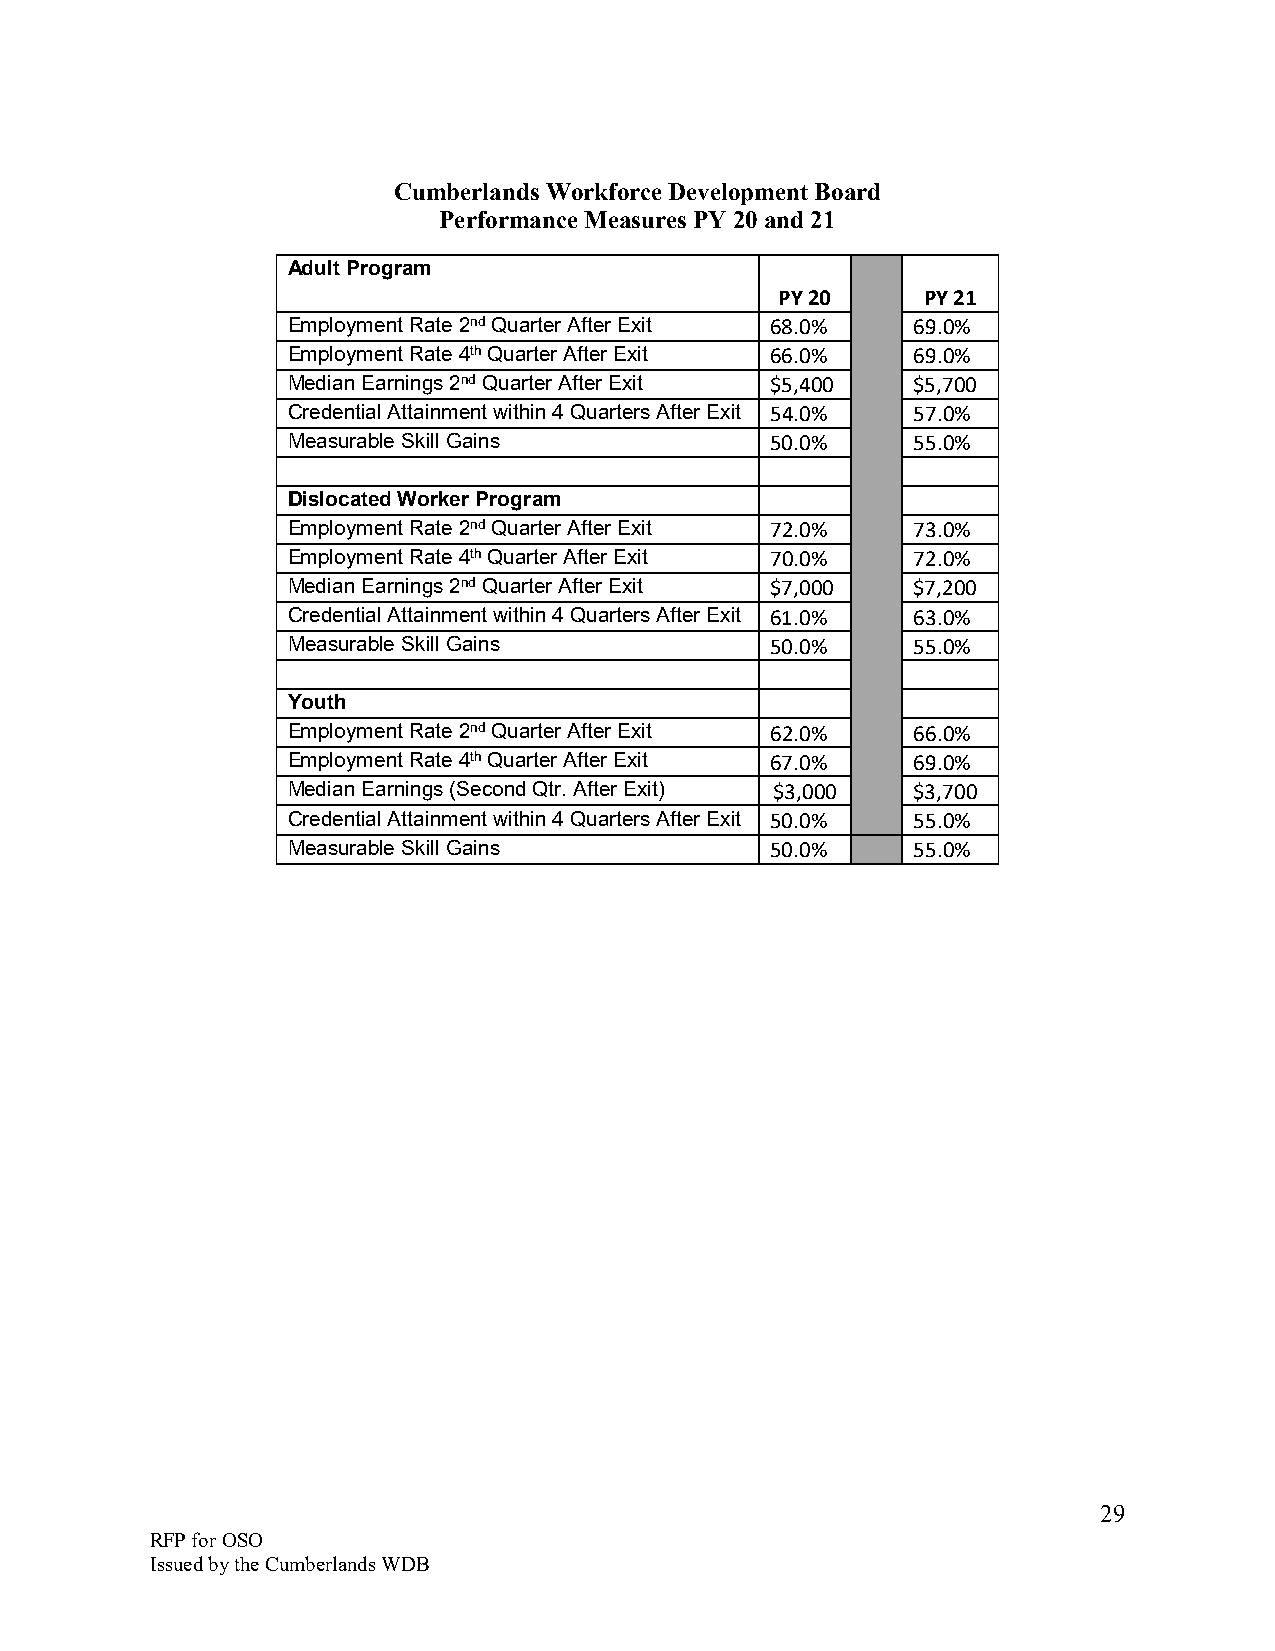
Cumberlands Workforce Development Board
 Performance Measures PY 20 and 21
 Adult Program
 PY 20    PY 21
 Employment Rate 2nd Quarter After Exit 68.0% 69.0%
 Employment Rate 4th Quarter After Exit 66.0% 69.0%
 Median Earnings 2nd Quarter After Exit $5,400 $5,700
 Credential Attainment within 4 Quarters After Exit 54.0% 57.0%
 Measurable Skill Gains          50.0%    55.0%
 Dislocated Worker Program
 Employment Rate 2nd Quarter After Exit 72.0% 73.0%
 Employment Rate 4th Quarter After Exit 70.0% 72.0%
 Median Earnings 2nd Quarter After Exit $7,000 $7,200
 Credential Attainment within 4 Quarters After Exit 61.0% 63.0%
 Measurable Skill Gains          50.0%    55.0%
 Youth
 Employment Rate 2nd Quarter After Exit 62.0% 66.0%
 Employment Rate 4th Quarter After Exit 67.0% 69.0%
 Median Earnings (Second Qtr. After Exit) $3,000 $3,700
 Credential Attainment within 4 Quarters After Exit 50.0% 55.0%
 Measurable Skill Gains          50.0%    55.0%
 29
 RFP for OSO
 Issued by the Cumberlands WDB